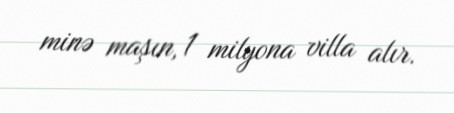
minə maşın, 1 milyona villa alır.